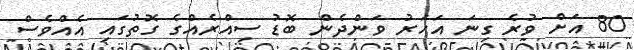
80 އަށް ވުރެ ގިނަ އަހަރު ވަންދެން ބޮޑު ސިއްރެއްގެ ގޮތުގައި އެއްވެސް